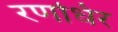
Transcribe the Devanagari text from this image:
रणधिर